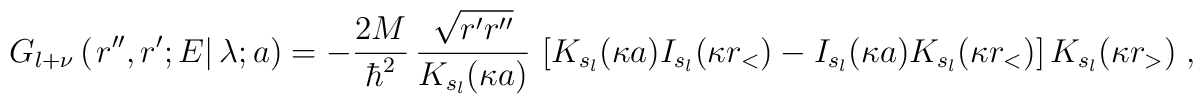
G_{l+\nu} \left(\left. r'', r' ;  E\right| \lambda; a\right)= -  \frac{2M}{\hbar^{2}} \,\frac{\sqrt{ r'r''}}{ K_{s_{l}}(\kappa a)}\,\left[K_{s_{l}}(\kappa a) I_{s_{l}}(\kappa r_{<})-I_{s_{l}}(\kappa a) K_{s_{l}}(\kappa r_{<})\right]K_{s_{l}}(\kappa r_{>})\;  ,